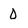
Character: D